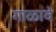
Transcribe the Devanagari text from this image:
गाळावे